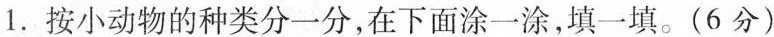
1.按小动物的种类分一分，在下面涂一涂，填一填。(6分)